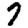
Digit: 7